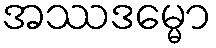
အဿဒမ္မော